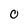
Character: 0